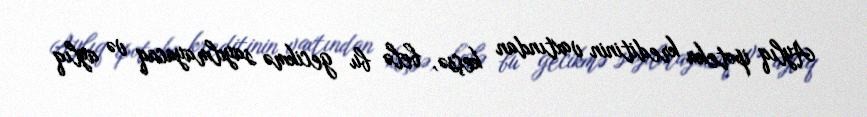
Aylıq ipoteka kreditinin vaxtından keçsə, belə bu gecikmə sayılmayacaq və aylıq